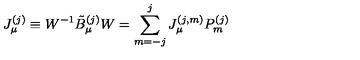
J _ { \mu } ^ { ( j ) } \equiv W ^ { - 1 } \tilde { B } _ { \mu } ^ { ( j ) } W = \sum _ { m = - j } ^ { j } J _ { \mu } ^ { ( j , m ) } P _ { m } ^ { ( j ) }